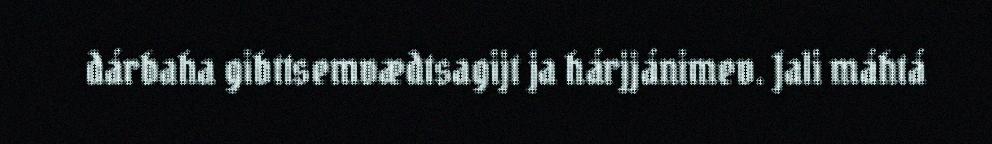
dárbaha gibttsemvædtsagijt ja hárjjánimev. Jali máhtá